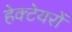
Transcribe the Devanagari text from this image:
हेक्टेयरों